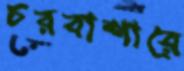
চরবাশারে